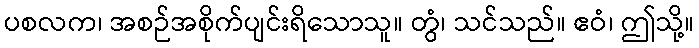
ပစလက၊ အစဉ်အစိုက်ပျင်းရိသောသူ။ တွံ၊ သင်သည်။ ဧဝံ၊ ဤသို့။